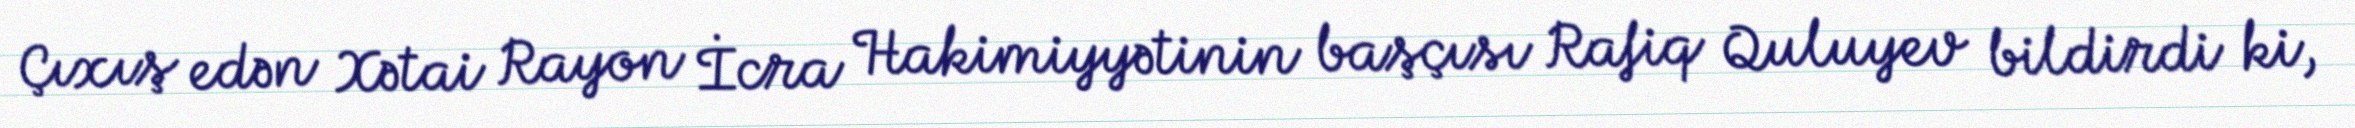
Çıxış edən Xətai Rayon İcra Hakimiyyətinin başçısı Rafiq Quluyev bildirdi ki,